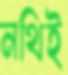
নথিই